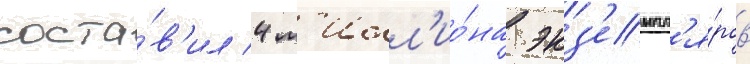
соста́в'ил 4 м'илл'ио́на экз'емпл'я́ров